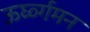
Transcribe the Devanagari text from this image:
ऊर्घ्व्गमन